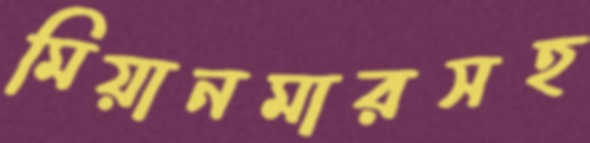
মিয়ানমারসহ